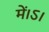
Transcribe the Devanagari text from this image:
में।ऽ।